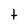
Character: t